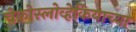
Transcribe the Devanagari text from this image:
चेकोस्लोव्हेकियाच्या